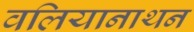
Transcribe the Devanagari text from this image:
वलियानाथन